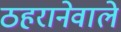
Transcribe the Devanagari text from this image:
ठहरानेवाले